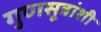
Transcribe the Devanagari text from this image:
गुणसूत्रांशी